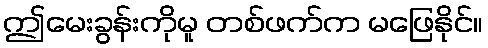
ဤမေးခွန်းကိုမူ တစ်ဖက်က မဖြေနိုင်။